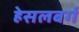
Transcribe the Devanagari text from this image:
हेसलबर्ग